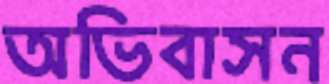
অভিবাসন